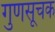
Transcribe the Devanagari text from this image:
गुणसूचक